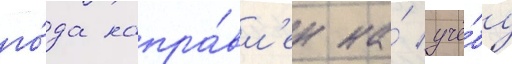
го́да напра́вл'ен на́ учё́бу